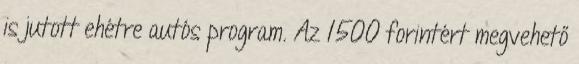
is jutott ehétre autós program. Az 1500 forintért megvehető